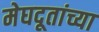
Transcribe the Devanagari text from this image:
मेघदूतांच्या